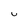
Character: U